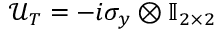
\mathcal { U } _ { T } = - i \sigma _ { y } \otimes \mathbb { I } _ { 2 \times 2 }